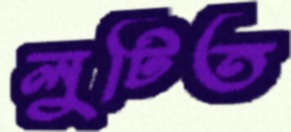
লুটিত